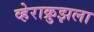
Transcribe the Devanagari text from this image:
व्हेराक्रुझला